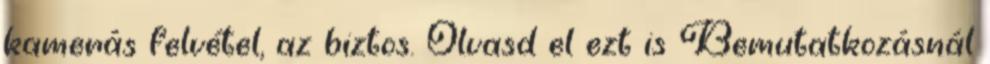
kamerás felvétel, az biztos. Olvasd el ezt is Bemutatkozásnál